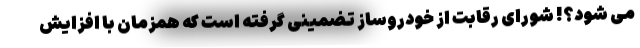
می شود؟! شورای رقابت از خودروساز تضمینی گرفته است که همزمان با افزایش